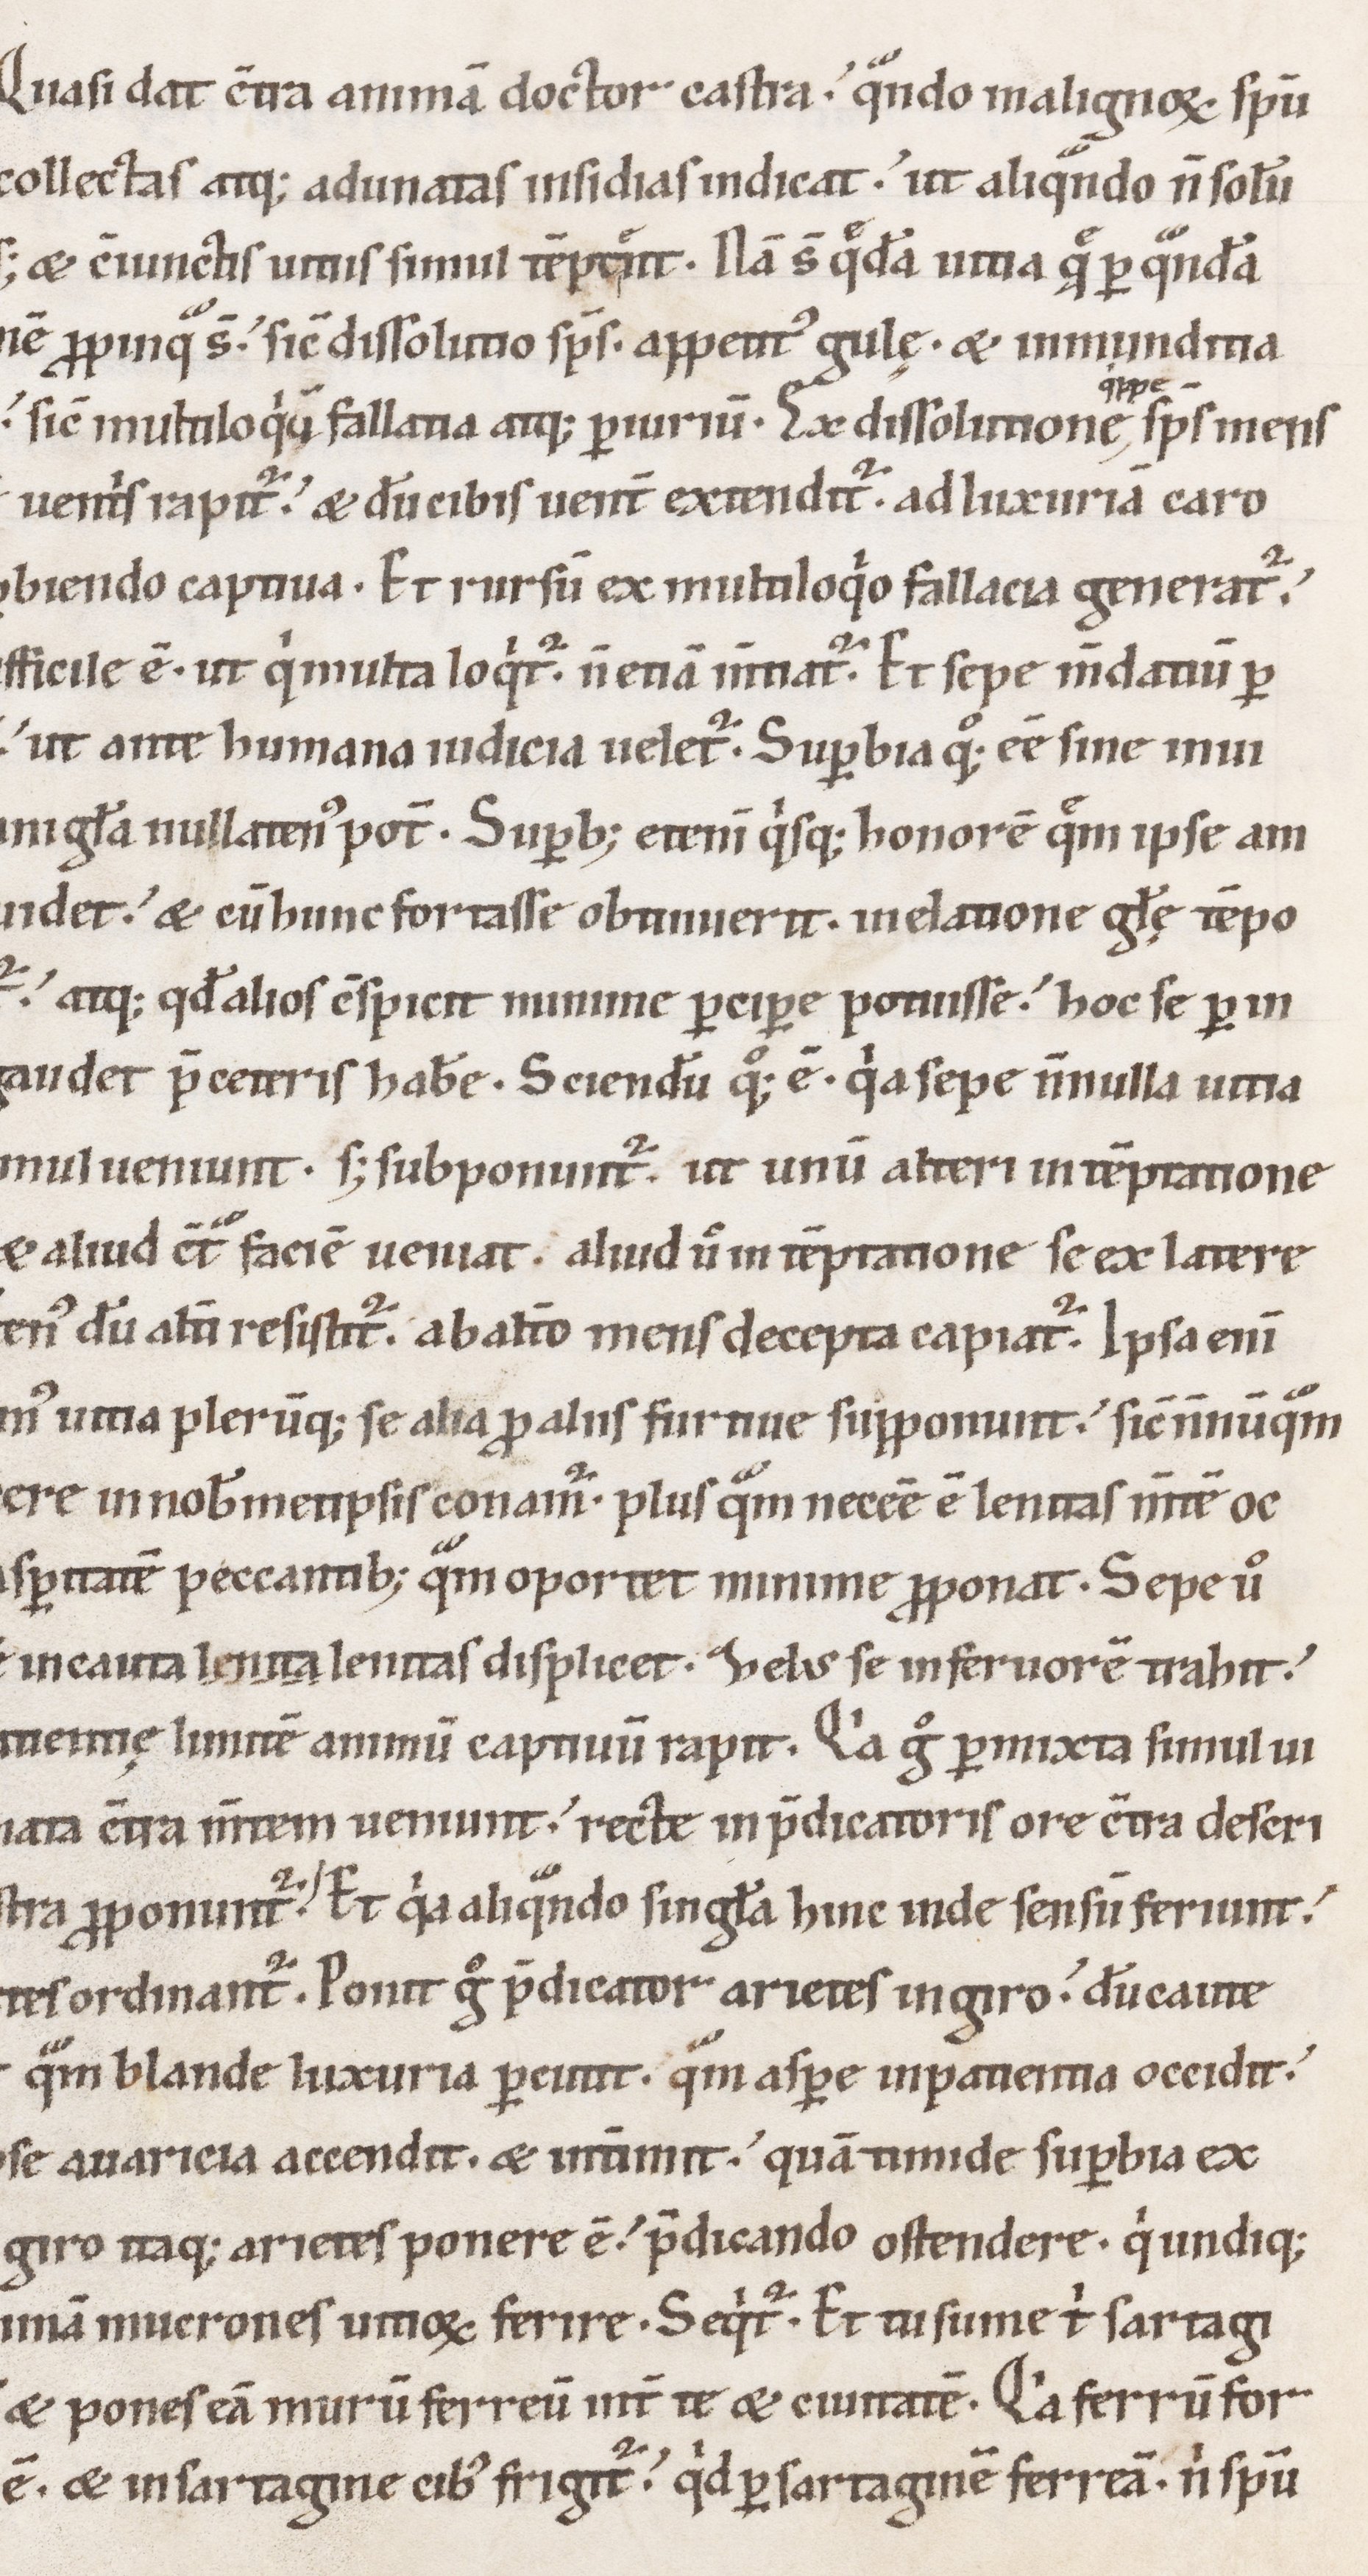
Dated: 1100–1199